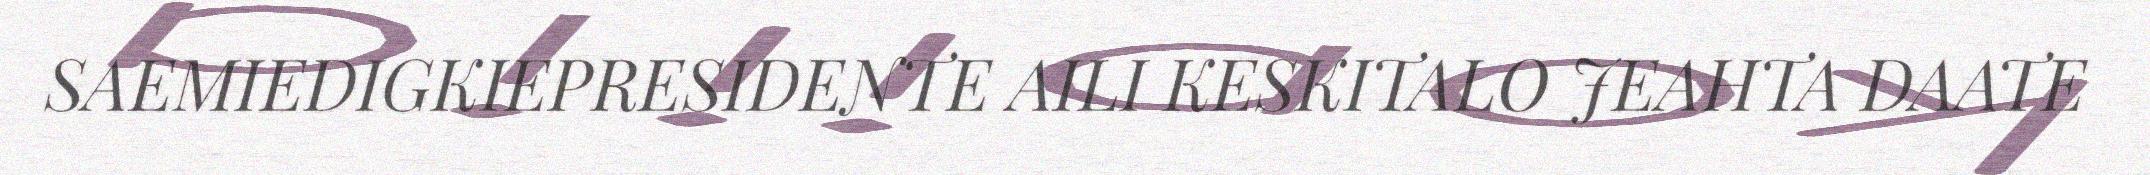
SAEMIEDIGKIEPRESIDENTE AILI KESKITALO JEAHTA DAATE